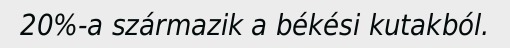
20%-a származik a békési kutakból.